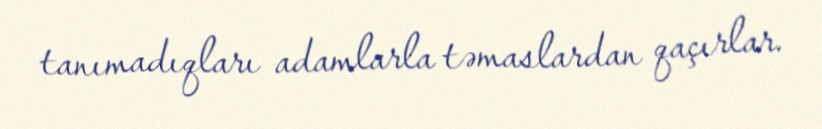
tanımadıqları adamlarla təmaslardan qaçırlar.